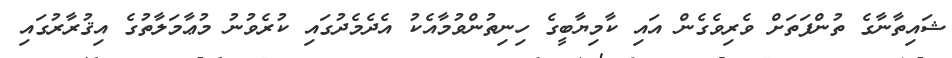
ޝައިތާނާގެ ތުންފަތަށް ވެރިވެގެން އައި ކާމިޔާބީގެ ހިނިތުންވުމާއެކު އެދެމެދުގައި ކުރެވުނު މުޢާމަލާތުގެ އިޤުރާރުގައި